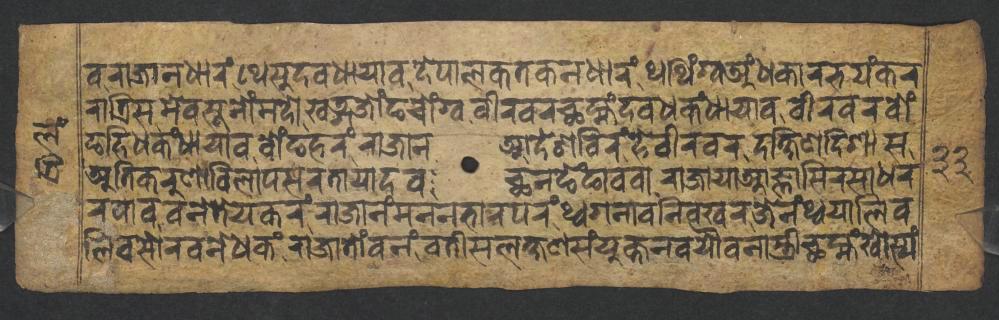
𑐰𑐬𑐵𑐖𑐵𑐣𑐢𑐵𑐬𑑄𑐠𑐾𑐳𑐸𑐡𑐰𑐢𑐵𑐫𑐵𑐰𑐡𑐾𑐥𑐵𑐮𑐎𑐟𑐎𑐣𑐢𑐵𑐬𑑄𑐠𑐠𑐶𑑄𑐐𑑂𑐰𑐀𑑄𑐢𑐎𑐵𑐬𑐨𑐫𑑄𑐎𑐬 𑐬𑐵𑐟𑑂𑐬𑐶𑐳𑐩𑐾𑐰𑐳𑐹𑐣𑑀𑑄𑐩𑐡𑑀𑐏𑐜𑑂𑐐𑐖𑑀𑑄𑐒𑐔𑑀𑑄𑐐𑑂𑐰𑐰𑐷𑐬𑐰𑐬𑐕𑐩𑑂𑐴𑑄𑐡𑐰𑐢𑐎𑑄𑐢𑐵𑐫𑐵𑐰𑐰𑐷𑐬𑐰𑐬𑐧𑑀𑑄 𑐒𑐴𑐶𑐢𑐎𑑄𑐢𑐵𑐫𑐵𑐰𑐧𑑀𑑄𑐒𑐴𑐬𑑄𑐬𑐵𑐖𑐵𑐣𑐁𑐡𑐾𑐱𑐧𑐶𑐬𑑄𑐴𑐾𑐰𑐷𑐬𑐰𑐬𑐡𑐎𑑂𑐲𑐶𑐞𑐡𑐶𑐱𑐵𑐳 𑐀𑐟𑐶𑐎𑐬𑐸𑐞𑐵𑐰𑐶𑐮𑐵𑐥𑐳𑐬𑐟𑐵𑐫𑐵𑐡𑐰𑐕𑐣𑐒𑐾𑑄𑐒𑐵𑐰𑐰𑐵𑐬𑐵𑐖𑐵𑐫𑐵𑐁𑐖𑑂𑐘𑐵𑐳𑐶𑐬𑐳𑐵𑐢𑐬 𑐬𑐥𑐵𑐰𑐰𑐣𑐾𑐟𑐾𑐫𑐎𑐬𑑄𑐬𑐵𑐖𑐵𑐣𑑄𑐩𑐣𑐣𑐨𑐵𑐬𑐥𑐬𑑄𑐠𑑂𑐰𑐐𑐣𑐵𑐰𑐣𑐶𑐰𑐏𑐬𑐖𑐾𑐣𑑄𑐠𑑂𑐰𑐫𑐵𑐮𑐶𑐰 𑐮𑐶𑐰𑐳𑑀𑐬𑐰𑐣𑐾𑐢𑐎𑑄𑐬𑐵𑐖𑐵𑐟𑑀𑑄𑐰𑐣𑑄𑐧𑐟𑐷𑐳𑐮𑐎𑑂𑐲𑐞𑐳𑑄𑐫𑐸𑐎𑑂𑐟𑐣𑐰𑐫𑑁𑐰𑐣𑐵𑐳𑑂𑐟𑑂𑐬𑐷𑐕𑐩𑑂𑐴𑑄𑐏𑑀𑐳𑑂𑐫𑑄